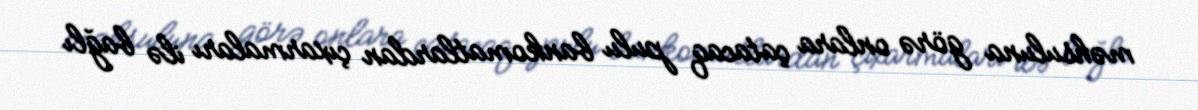
məhsuluna görə onlara çatacaq pulu bankomatlardan çıxarmaları ilə bağlı